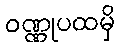
ဝဏ္ဏုပထမှိ